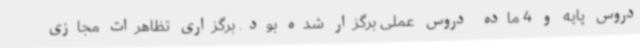
دروس پایه و 4 ماده دروس عملی برگزار شده بود. برگزاری تظاهرات مجازی